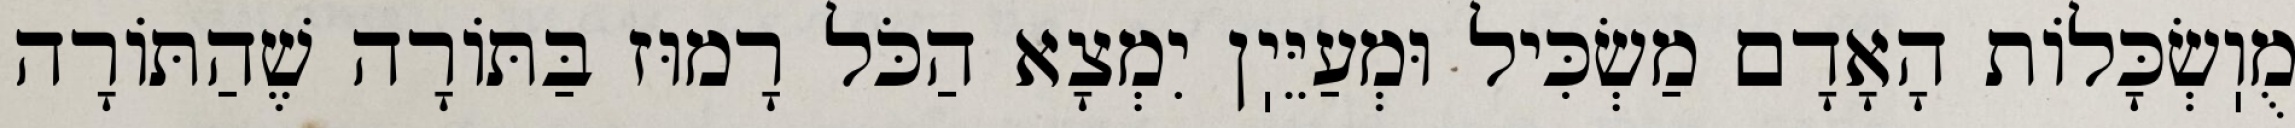
מֻוֽשְׂכָּלוֹת הָאָדָם מַשְׂכִּיל וּמְעַיֵּיֽן יִמְצָא הַכֹּל רָמוּז בַּתּוֹרָה שֶׁהַתּוֹרָה